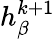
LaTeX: h_{\beta}^{k+1}